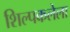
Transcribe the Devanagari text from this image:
शिल्पकलेला